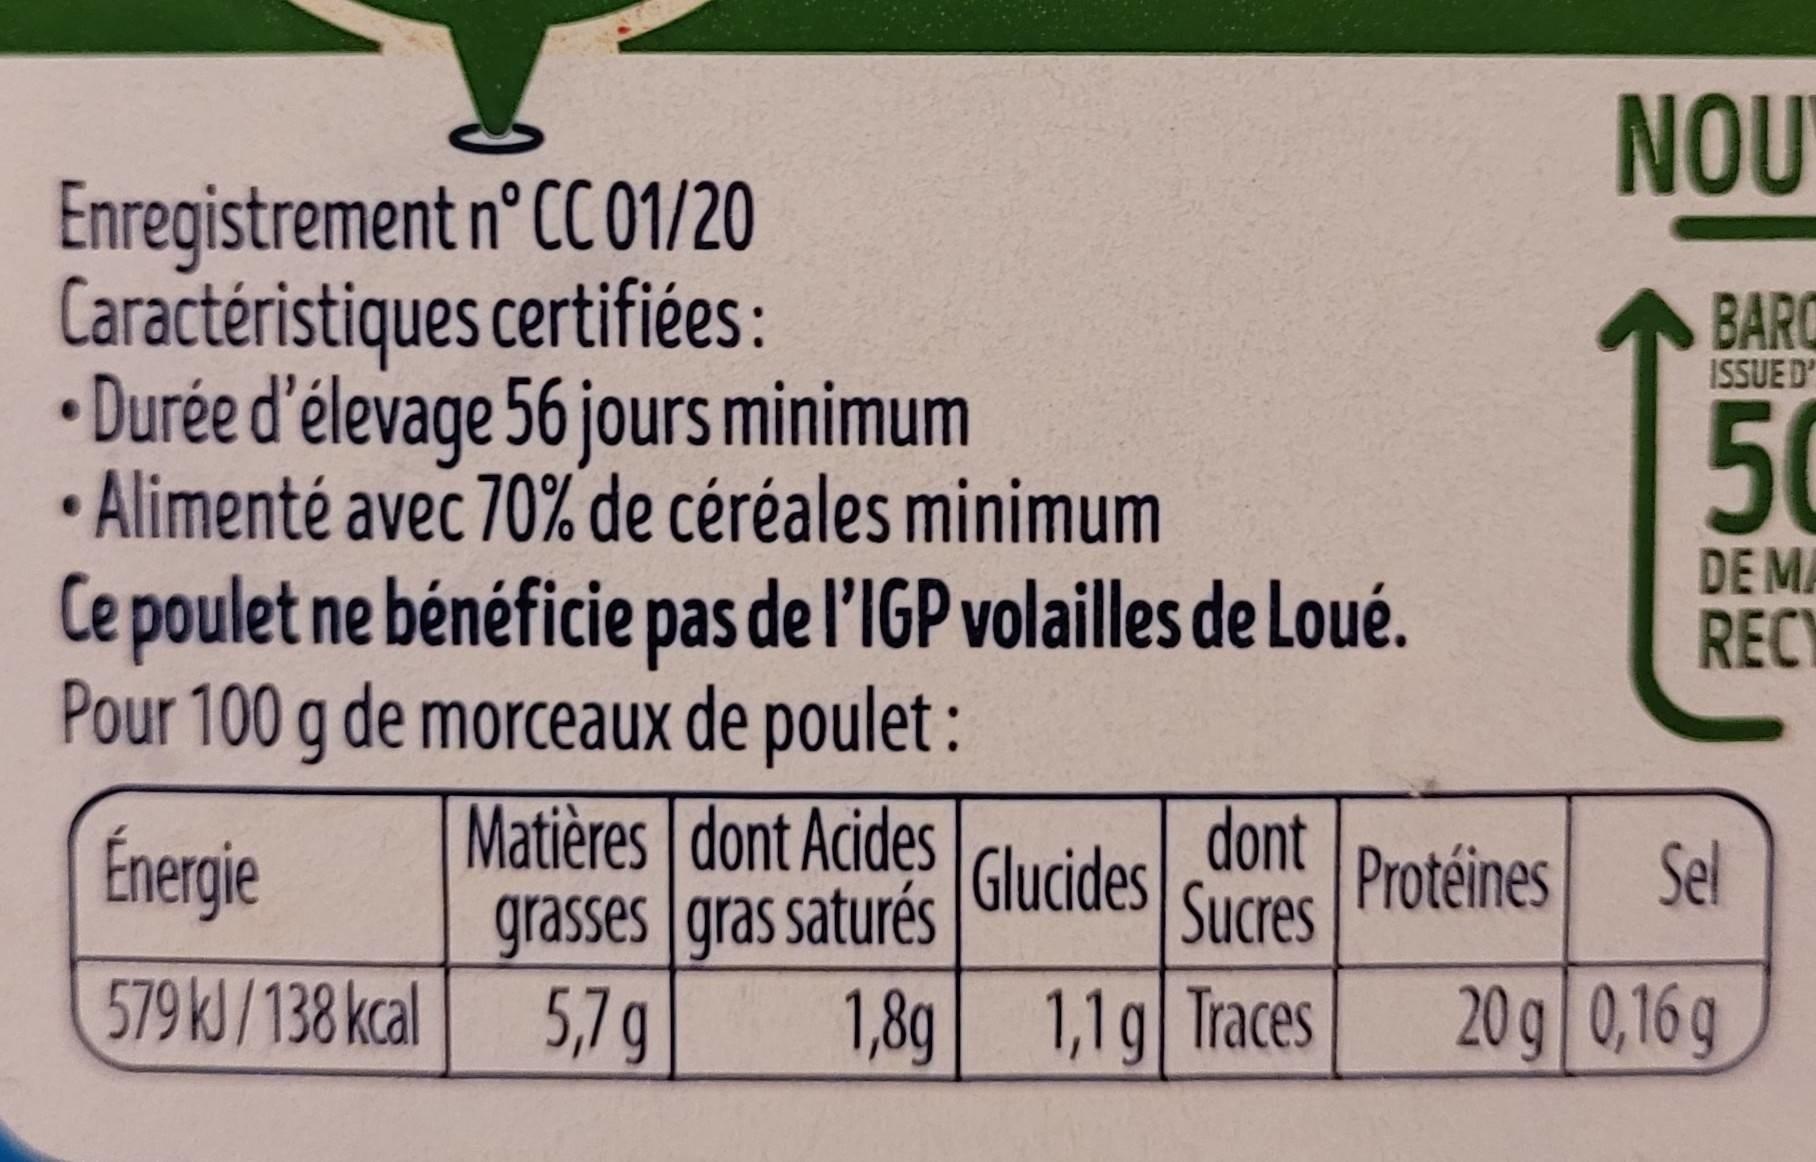
NOU
Enregistrement n° CC 01/20 Caractéristiques certifiées: Durée d'élevage 56 jours minimum • Alimenté avec 70% de céréales minimum Ce poulet ne bénéficie pas de l'IGP volailles de Loué. Pour 100 g de morceaux de poulet : Matières dont Acides grasses gras saturés 5,7g
BARO
ISSUED'
50
DE MA
RECY
dont
Energie
Glucides
Protéines Sel
Sucres
579KJ/138 kcal
1,8g 1,1g| Traces
20g 0,16 g